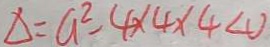
\Delta = a ^ { 2 } - 4 \times 4 \times 4 < 0